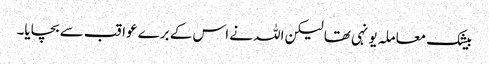
بیشک معاملہ یونہی تھا لیکن اللہ نے اس کے برے عواقب سے بچایا۔